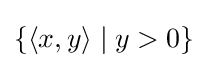
\{\langle x,y\rangle \mid y>0\}